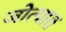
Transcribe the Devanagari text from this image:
जोत्यात